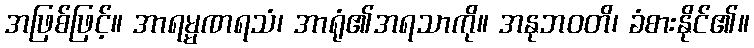
အဖြစ်ဖြင့်။ အာရမ္မဏရသံ၊ အာရုံ၏အရသာကို။ အနုဘဝတိ၊ ခံစားနိုင်၏။